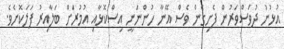
އުޅުނު ދުވަސްވަރުން ފެށިގެން ވެސް އޭނާ ހުންނަނީ އިސްކޮޅާއި އުމުރަށް ބަލާއިރު ފަލަކޮށެވެ.